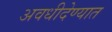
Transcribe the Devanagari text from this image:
अवधीदेण्यात